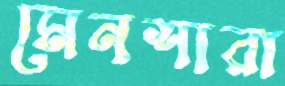
মেনশারা